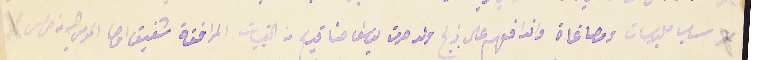
سلب ملبوسات ومصاغاة واندافعهم على ذبح ولد مرت يوسف حنا قديح من القبيات المرافقة شفيق اوصا المومى اليه من حمص